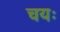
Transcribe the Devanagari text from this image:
चयः